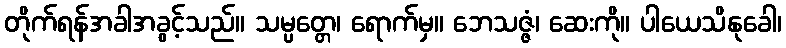
တိုက်ရန်အခါအခွင့်သည်။ သမ္ပတ္တေ၊ ရောက်မှ။ ဘေသဇ္ဇံ၊ ဆေးကို။ ပါယေသိနုခေါ၊